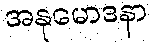
အနုမောဒနာ